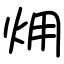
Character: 㶲